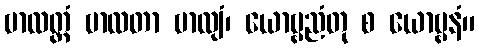
ဗာလတ္တံ ဗာလတာ ဗာလျံ၊ ယောဗ္ဗညံတု စ ယောဗ္ဗနံ။